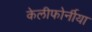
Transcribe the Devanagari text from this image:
केलीफोर्नीया